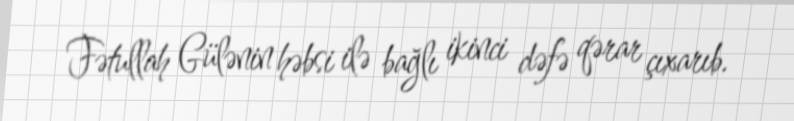
Fətullah Gülənin həbsi ilə bağlı ikinci dəfə qərar çıxarıb.